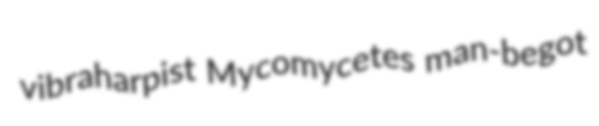
vibraharpist Mycomycetes man-begot